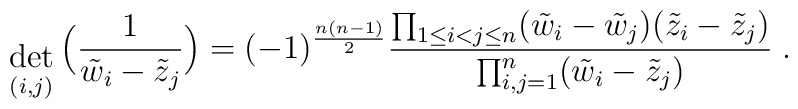
{ \; \atop { \mbox{det} \atop {\scriptstyle (i,j)} } }\Big(\frac{1}{\tilde{w}_i - \tilde{z}_j} \Big) =(-1)^{\frac{n(n-1)}{2}}\frac{\prod_{1 \leq i < j \leq n} (\tilde{w}_i - \tilde{w}_j )( \tilde{z}_i - \tilde{z}_j ) }{\prod_{i,j = 1}^n ( \tilde{w}_i - \tilde{z}_j ) }\; .